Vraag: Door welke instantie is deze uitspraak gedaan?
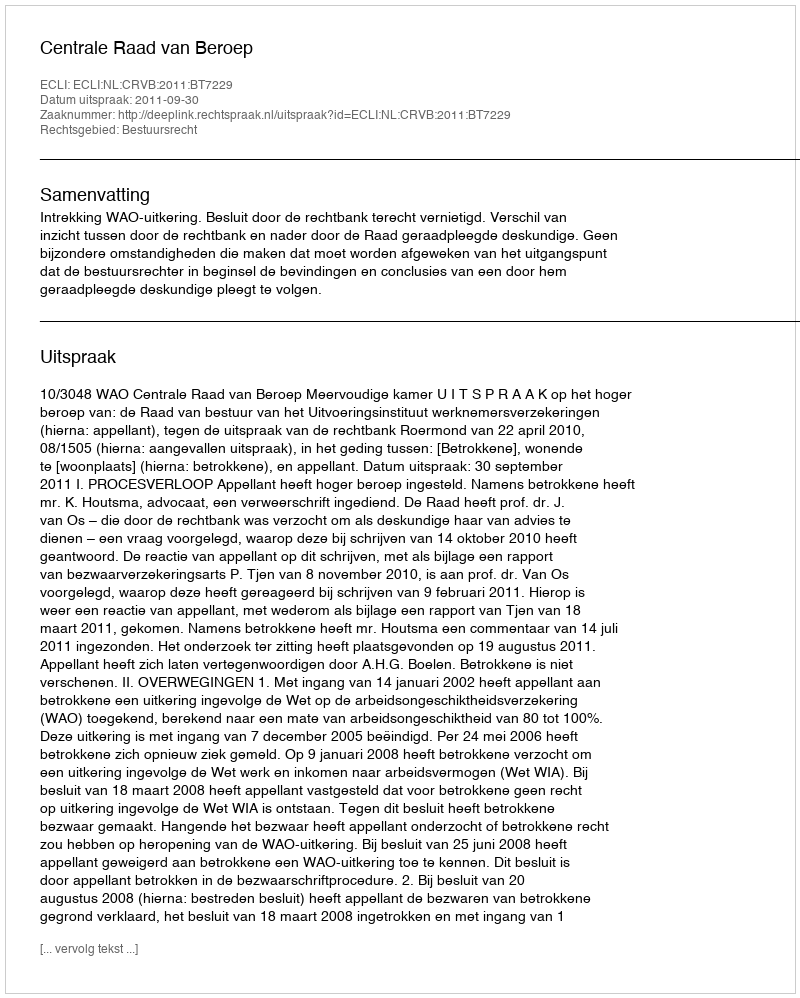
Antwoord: Centrale Raad van Beroep